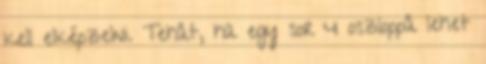
kell elképzelni. Tehát, ha egy sor 4 oszloppá lehet